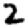
Digit: 2